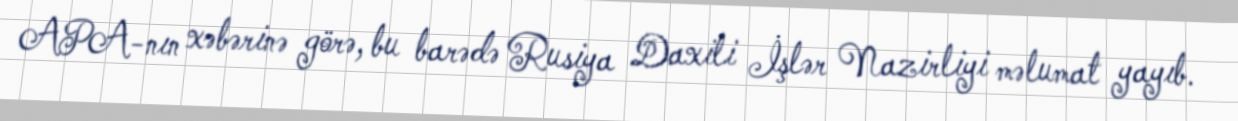
APA-nın xəbərinə görə, bu barədə Rusiya Daxili İşlər Nazirliyi məlumat yayıb.